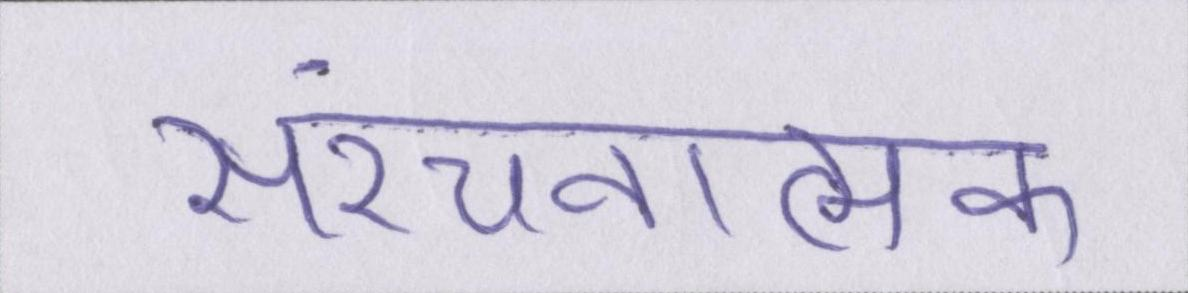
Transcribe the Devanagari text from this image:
संरचनात्मक